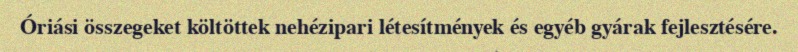
Óriási összegeket költöttek nehézipari létesítmények és egyéb gyárak fejlesztésére.